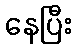
နေပြီး